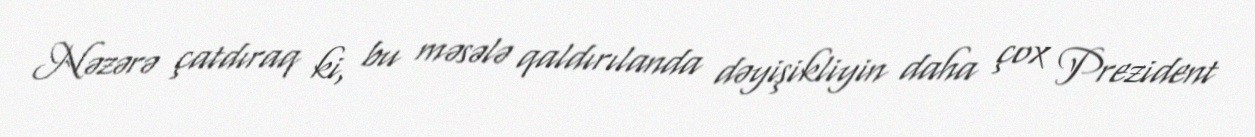
Nəzərə çatdıraq ki, bu məsələ qaldırılanda dəyişikliyin daha çox Prezident